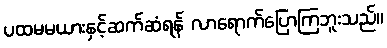
ပထမမယားနှင့်ဆက်ဆံရန် လာရောက်ပြောကြဘူးသည်။